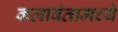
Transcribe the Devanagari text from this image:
कलावंतामध्ये